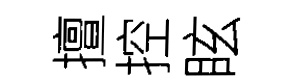
擅控眩